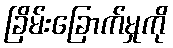
ခြိမ်းခြောက်မှုကို